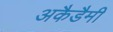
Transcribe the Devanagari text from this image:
अकैडैमी